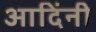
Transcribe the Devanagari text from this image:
आदिंनी